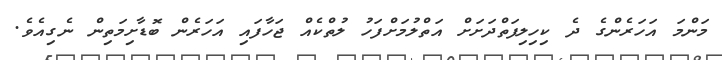
މަންމަ އަހަރެންގެ ދެ ކިހިލިފަތްދަށަށް އަތްލުމަށްފަހު ލުތްކެއް ޖަހާފައި އަހަރެން ބޮޑާށިމަތިން ނެގިއެވެ.